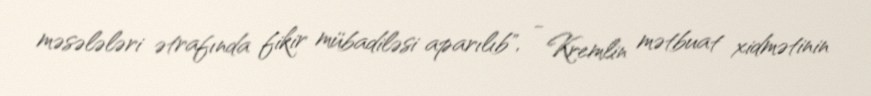
məsələləri ətrafında fikir mübadiləsi aparılıb", - Kremlin mətbuat xidmətinin